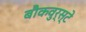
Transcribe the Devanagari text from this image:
बौकवुर्स्टे